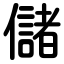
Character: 儲